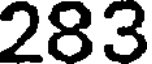
283